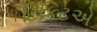
ટિકિટએ